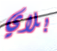
بلاي